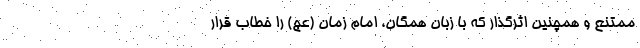
ممتنع و همچنین اثرگذار که با زبان همگان، امام زمان (عج) را خطاب قرار